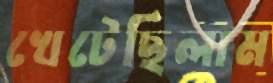
খেটেছিলাম